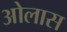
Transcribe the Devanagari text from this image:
ओलास